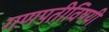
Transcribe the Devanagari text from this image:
गणपतीविषयी